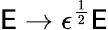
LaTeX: \mathsf{E}\rightarrow\epsilon^{\frac{{1}}{{2}}}\mathcal{{\mathsf{E}}}